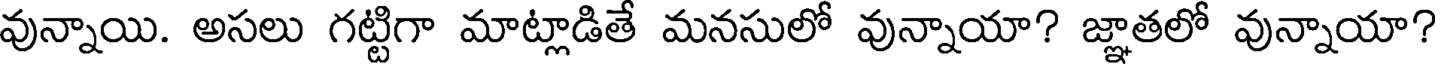
వున్నాయి. అసలు గట్టిగా మాట్లాడితే మనసులో వున్నాయా? జ్ఞాతలో వున్నాయా?